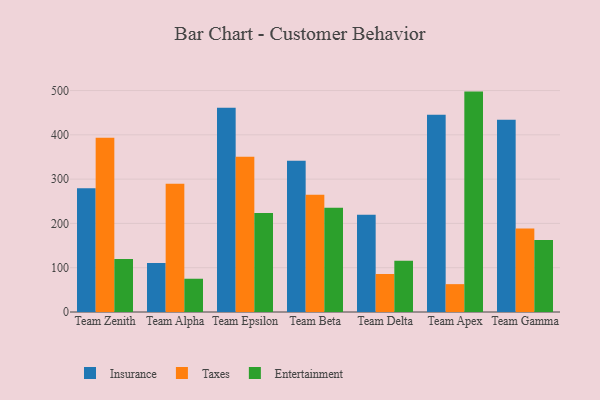
{"axis": {"x": "Team", "y": "Market Share (%)"}, "legend": ["Entertainment", "Insurance", "Taxes"], "data": [{"x": "Team Zenith", "y": 279.2, "type": "Insurance"}, {"x": "Team Zenith", "y": 393.6, "type": "Taxes"}, {"x": "Team Zenith", "y": 119.8, "type": "Entertainment"}, {"x": "Team Alpha", "y": 110.7, "type": "Insurance"}, {"x": "Team Alpha", "y": 289.5, "type": "Taxes"}, {"x": "Team Alpha", "y": 75.1, "type": "Entertainment"}, {"x": "Team Epsilon", "y": 461.3, "type": "Insurance"}, {"x": "Team Epsilon", "y": 350.5, "type": "Taxes"}, {"x": "Team Epsilon", "y": 223.7, "type": "Entertainment"}, {"x": "Team Beta", "y": 341.5, "type": "Insurance"}, {"x": "Team Beta", "y": 264.8, "type": "Taxes"}, {"x": "Team Beta", "y": 235.1, "type": "Entertainment"}, {"x": "Team Delta", "y": 219.8, "type": "Insurance"}, {"x": "Team Delta", "y": 85.8, "type": "Taxes"}, {"x": "Team Delta", "y": 115.8, "type": "Entertainment"}, {"x": "Team Apex", "y": 445.4, "type": "Insurance"}, {"x": "Team Apex", "y": 62.9, "type": "Taxes"}, {"x": "Team Apex", "y": 497.6, "type": "Entertainment"}, {"x": "Team Gamma", "y": 434.0, "type": "Insurance"}, {"x": "Team Gamma", "y": 188.3, "type": "Taxes"}, {"x": "Team Gamma", "y": 162.5, "type": "Entertainment"}]}